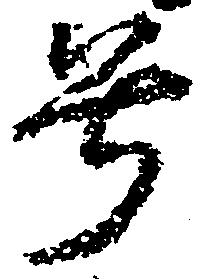
号